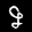
Label: 9